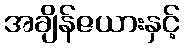
အချိန်ဇယားနှင့်